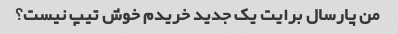
من پارسال برایت یک جدید خریدم خوش تیپ نیست؟